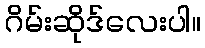
ဂိမ်းဆိုဒ်လေးပါ။